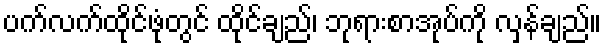
ပက်လက်ထိုင်ဖုံတွင် ထိုင်ချည်၊ ဘုရားစာအုပ်ကို လှန်ချည်။